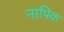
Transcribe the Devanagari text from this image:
नापिक